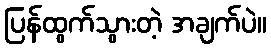
ပြန်ထွက်သွားတဲ့ အချက်ပဲ။